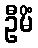
ဦမိံ